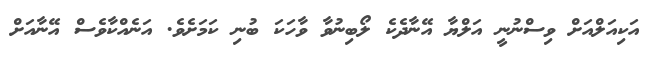
އަކިއަލްއަށް ވިސްނުނީ އަލްޔާ އޭނާދެކެ ލޯބިނުވާ ވާހަކަ ބުނި ކަމަށެވެ. އަނެއްކާވެސް އޭނާއަށް